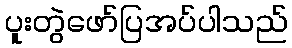
ပူးတွဲဖော်ပြအပ်ပါသည်